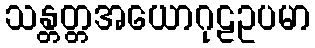
သန္တတ္တအယောဂုဠဥပမာ